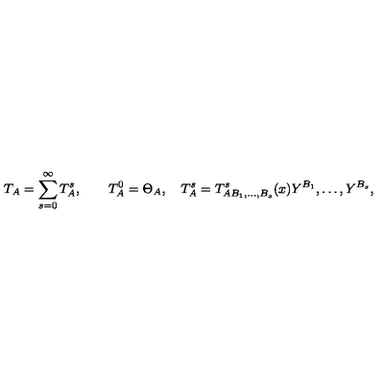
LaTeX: T _ { A } = \sum _ { s = 0 } ^ { \infty } T _ { A } ^ { s } , \qquad T _ { A } ^ { 0 } = \Theta _ { A } , \quad T _ { A } ^ { s } = T _ { A B _ { 1 } , \ldots , B _ { s } } ^ { s } ( x ) Y ^ { B _ { 1 } } , \ldots , Y ^ { B _ { s } } ,